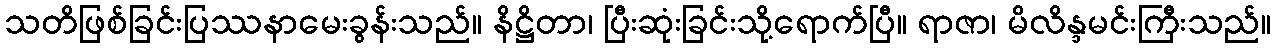
သတိဖြစ်ခြင်းပြဿနာမေးခွန်းသည်။ နိဋ္ဌိတာ၊ ပြီးဆုံးခြင်းသို့ရောက်ပြီ။ ရာဇာ၊ မိလိန္ဒမင်းကြီးသည်။